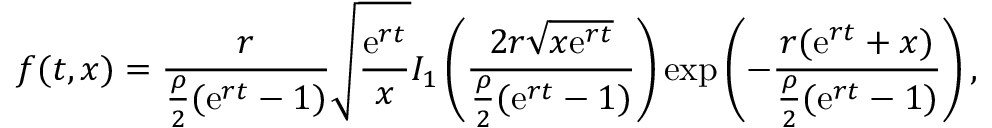
f ( t , x ) = \frac { r } { \frac { \rho } { 2 } ( { \mathrm { e } } ^ { r t } - 1 ) } \sqrt { \frac { { \mathrm { e } } ^ { r t } } { x } } I _ { 1 } \left( \frac { 2 r \sqrt { x { \mathrm { e } } ^ { r t } } } { \frac { \rho } { 2 } ( { \mathrm { e } } ^ { r t } - 1 ) } \right) { \mathrm { e x p } } \left( - \frac { r ( { \mathrm { e } } ^ { r t } + x ) } { \frac { \rho } { 2 } ( { \mathrm { e } } ^ { r t } - 1 ) } \right) ,